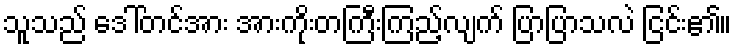
သူသည် ဒေါ်တင်အား အားကိုးတကြီးကြည့်လျက် ပြာပြာသလဲ ငြင်း၏။